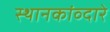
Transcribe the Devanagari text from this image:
स्थानकांव्दारे